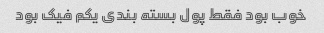
خوب بود فقط پول بسته بندی یکم فیک بود